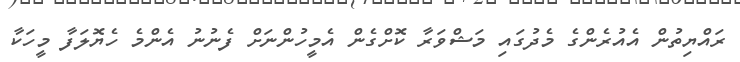
ރައްޔިތުން އެއުރެންގެ މެދުގައި މަޝްވަރާ ކޮށްގެން އެމީހުންނަށް ފެނުނު އެންމެ ހެޔޮލަފާ މީހަކާ